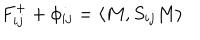
F _ { i j } ^ { + } + \phi _ { i j } = \langle M , S _ { i j } M \rangle